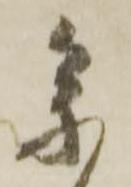
参